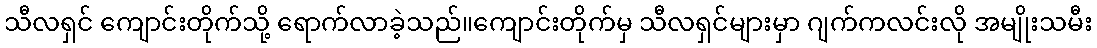
သီလရှင် ကျောင်းတိုက်သို့ ရောက်လာခဲ့သည်။ကျောင်းတိုက်မှ သီလရှင်များမှာ ဂျက်ကလင်းလို အမျိုးသမီး